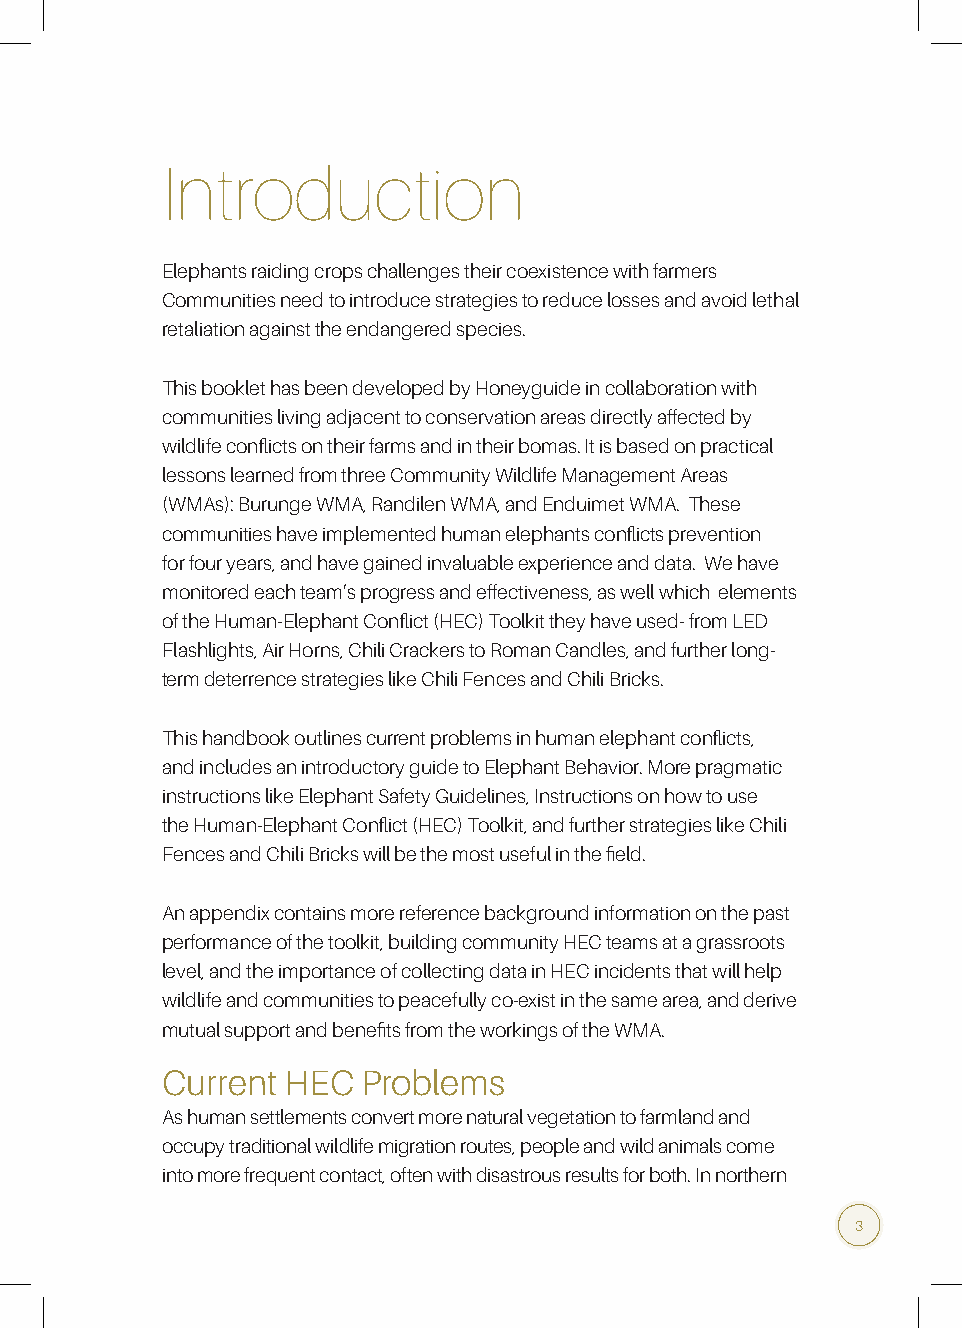
Introduction
 Elephants raiding crops challenges their coexistence with farmers
 Communities need to introduce strategies to reduce losses and avoid lethal
 retaliation against the endangered species.
 This booklet has been developed by Honeyguide in collaboration with
 communities living adjacent to conservation areas directly affected by
 wildlife conflicts on their farms and in their bomas. It is based on practical
 lessons learned from three Community Wildlife Management Areas
 (WMAs): Burunge WMA, Randilen WMA, and Enduimet WMA. These
 communities have implemented human elephants conflicts prevention
 for four years, and have gained invaluable experience and data. We have
 monitored each team’s progress and effectiveness, as well which elements
 of the Human-Elephant Conflict (HEC) Toolkit they have used- from LED
 Flashlights, Air Horns, Chili Crackers to Roman Candles, and further long-
 term deterrence strategies like Chili Fences and Chili Bricks.
 This handbook outlines current problems in human elephant conflicts,
 and includes an introductory guide to Elephant Behavior. More pragmatic
 instructions like Elephant Safety Guidelines, Instructions on how to use
 the Human-Elephant Conflict (HEC) Toolkit, and further strategies like Chili
 Fences and Chili Bricks will be the most useful in the field.
 An appendix contains more reference background information on the past
 performance of the toolkit, building community HEC teams at a grassroots
 level, and the importance of collecting data in HEC incidents that will help
 wildlife and communities to peacefully co-exist in the same area, and derive
 mutual support and benefits from the workings of the WMA.
 Current HEC  Problems
 As human settlements convert more natural vegetation to farmland and
 occupy traditional wildlife migration routes, people and wild animals come
 into more frequent contact, often with disastrous results for both. In northern
 3